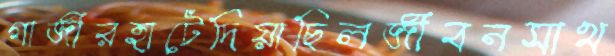
গাজীরহাটেদিয়াছিলজীবনসাথ